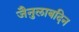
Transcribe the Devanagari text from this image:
जैनुलाबदिन